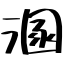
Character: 溷